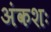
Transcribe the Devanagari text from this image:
अंकशः